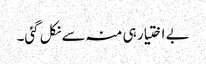
بے اختیار ہی منہ سے نکل گئی۔